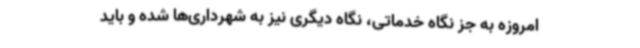
امروزه به جز نگاه خدماتی، نگاه دیگری نیز به شهرداری‌ها شده و باید